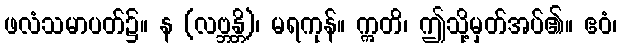
ဖလံသမာပတ်၌။ န (လဗ္ဘန္တိ)၊ မရကုန်။ ဣတိ၊ ဤသို့မှတ်အပ်၏။ ဧဝံ၊